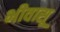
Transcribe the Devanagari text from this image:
भीवासू